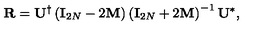
{ \bf R } = { \bf U } ^ { \dagger } \left( { \bf I } _ { 2 N } - 2 { \bf M } \right) \left( { \bf I } _ { 2 N } + 2 { \bf M } \right) ^ { - 1 } { \bf U } ^ { * } ,